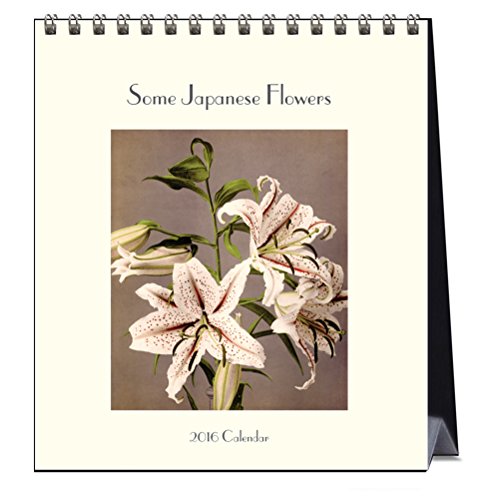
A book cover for Some Japanese Flowers (CL53109); Ogawa Kasumasa; Calendars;